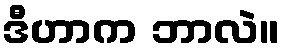
ဒီဟာက ဘာလဲ။